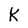
Character: K